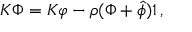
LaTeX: K \Phi = K \varphi - \rho ( \Phi + { \hat { \phi } } ) 1 \, ,